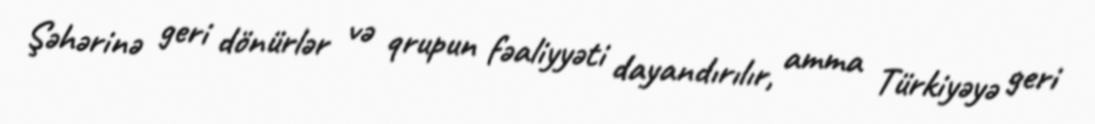
Şəhərinə geri dönürlər və qrupun fəaliyyəti dayandırılır, amma Türkiyəyə geri